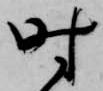
時